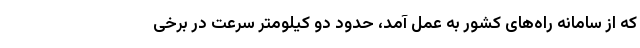
که از سامانه‌ راه‌های کشور به عمل آمد، حدود دو کیلومتر سرعت در برخی